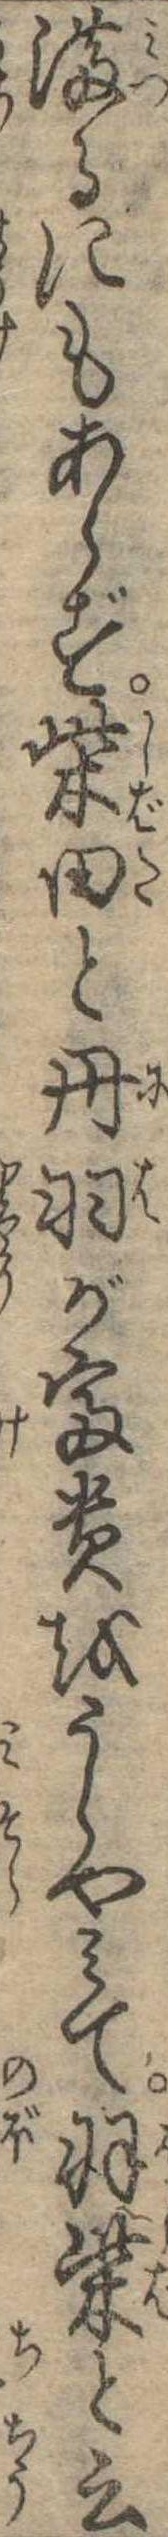
満るにもあらず柴田と丹羽が富貴をうらやみて羽柴と云